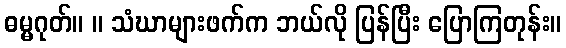
ဓမ္မဂုတ်။ ။ သံဃာများဖက်က ဘယ်လို ပြန်ပြီး ပြောကြတုန်း။